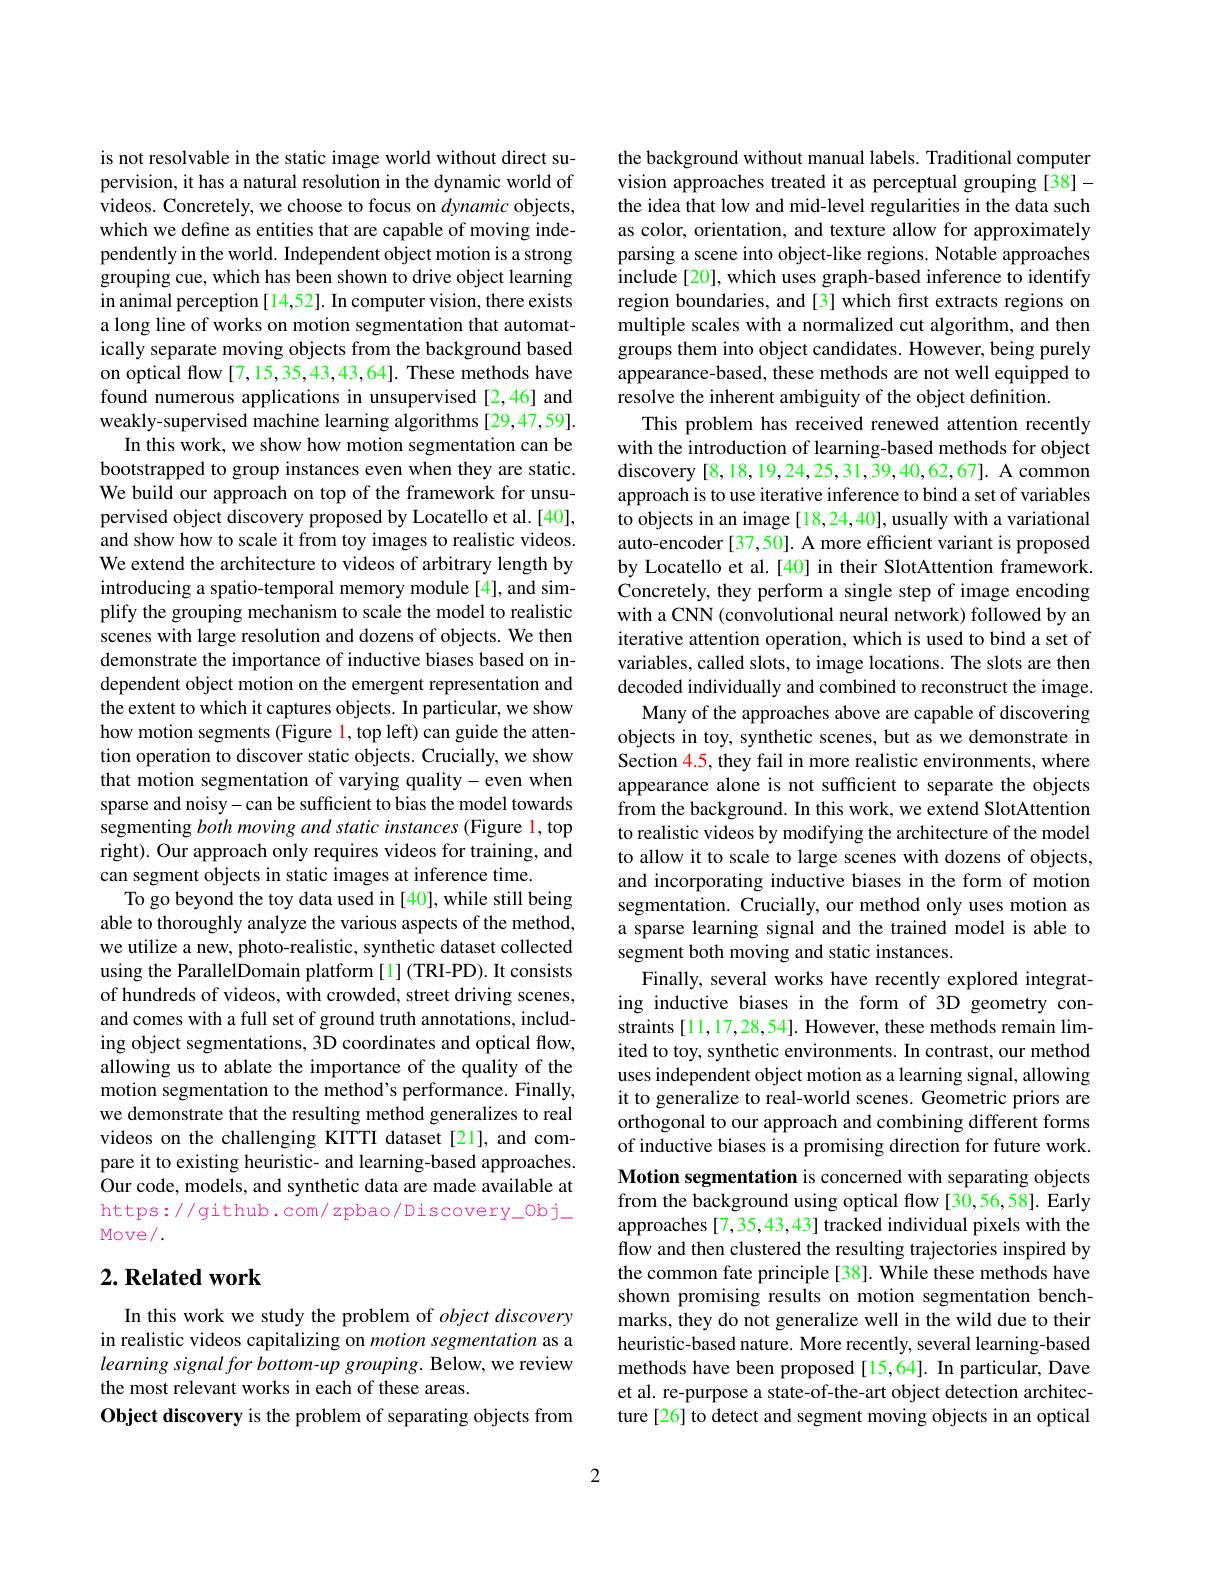
is not resolvable in the static image world without direct supervision, it has a natural resolution in the dynamic world of videos. Concretely, we choose to focus on dynamic objects, which we define as entities that are capable of moving independently in the world. Independent object motion is a strong grouping cue, which has been shown to drive object learning in animal perception [14,52]. In computer vision, there exists a long line of works on motion segmentation that automatically separate moving objects from the background based on optical flow [7,15,35,43,43,64]. These methods have found numerous applications in unsupervised [2,46] and weakly-supervised machine learning algorithms [29,47,59].
In this work, we show how motion segmentation can be bootstrapped to group instances even when they are static. We build our approach on top of the framework for unsupervised object discovery proposed by Locatello et al.[40], and show how to scale it from toy images to realistic videos. We extend the architecture to videos of arbitrary length by introducing a spatio-temporal memory module[4], and simplify the grouping mechanism to scale the model to realistic scenes with large resolution and dozens of objects. We then demonstrate the importance of inductive biases based on independent object motion on the emergent representation and the extent to which it captures objects. In particular, we show how motion segments (Figure l, top left) can guide the attention operation to discover static objects. Crucially, we show that motion segmentation of varying quality-even when sparse and noisy-can be sufficient to bias the model towards segmenting both moving and static instances (Figure l, top right). Our approach only requires videos for training, and can segment objects in static images at inference time.
To go beyond the toy data used in [40], while still being able to thoroughly analyze the various aspects of the method, we utilize a new, photo-realistic, synthetic dataset collected using the ParallelDomain platform [1](TRI-PD). It consists of hundreds of videos, with crowded, street driving scenes, and comes with a full set of ground truth annotations, including object segmentations, 3D coordinates and optical flow, allowing us to ablate the importance of the quality of the motion segmentation to the method's performance. Finally, we demonstrate that the resulting method generalizes to real videos on the challenging KITTI dataset[21], and compare it to existing heuristic- and learning-based approaches. Our code, models, and synthetic data are made available at https://github.com/zpbao/Discovery_0bj_ Move/ .

## $2. \textbf{ Related work}$

In this work we study the problem of $object\textit{discovery}$ in realistic videos capitalizing on motion segmentation as a learning signal for bottom-up grouping. Below, we review the most relevant works in each of these areas.
Object discovery is the problem of separating objects from

the background without manual labels. Traditional computer vision approaches treated it as perceptual grouping [38]- the idea that low and mid-level regularities in the data such as color, orientation, and texture allow for approximately parsing a scene into object-like regions. Notable approaches include [20], which uses graph-based inference to identify region boundaries, and [3] which first extracts regions on multiple scales with a normalized cut algorithm, and then groups them into object candidates. However, being purely appearance-based, these methods are not well equipped to resolve the inherent ambiguity of the object definition.
This problem has received renewed attention recently with the introduction of learning-based methods for object discovery [8,18,19,24,25,31,39,40,62,67]. A common approach is to use iterative inference to bind a set of variables to objects in an image [18,24,40], usually with a variational auto-encoder[37,50]. A more efficient variant is proposed by Locatello et al.[40] in their SlotAttention framework. Concretely, they perform a single step of image encoding with a CNN (convolutional neural network) followed by an iterative attention operation, which is used to bind a set of variables, called slots, to image locations. The slots are then decoded individually and combined to reconstruct the image.
Many of the approaches above are capable of discovering objects in toy, synthetic scenes, but as we demonstrate in Section 4.5, they fail in more realistic environments, where appearance alone is not sufficient to separate the objects from the background. In this work, we extend SlotAttention to realistic videos by modifying the architecture of the model to allow it to scale to large scenes with dozens of objects, and incorporating inductive biases in the form of motion segmentation. Crucially, our method only uses motion as a sparse learning signal and the trained model is able to segment both moving and static instances.
Finally, several works have recently explored integrating inductive biases in the form of 3D geometry constraints [11,17,28,54]. However, these methods remain limited to toy, synthetic environments. In contrast, our method uses independent object motion as a learning signal, allowing it to generalize to real-world scenes. Geometric priors are orthogonal to our approach and combining different forms of inductive biases is a promising direction for future work. Motion segmentation is concerned with separating objects from the background using optical flow [30,56,58]. Early approaches[7,35,43,43] tracked individual pixels with the flow and then clustered the resulting trajectories inspired by the common fate principle [38]. While these methods have shown promising results on motion segmentation benchmarks, they do not generalize well in the wild due to their heuristic-based nature. More recently, several learning-based methods have been proposed[15,64]. In particular, Dave et al. re-purpose a state-of-the-art object detection architecture [26] to detect and segment moving objects in an optical

2